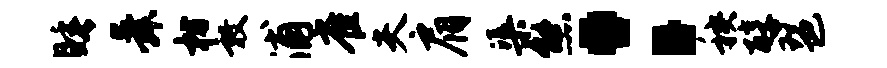
睡舜枋敦浦雀夫肩渠熊：秧醇琶